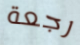
رجعة